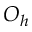
O _ { h }